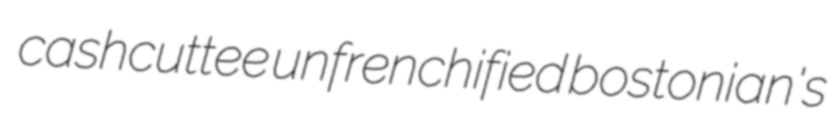
cashcuttee unfrenchified bostonian's